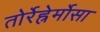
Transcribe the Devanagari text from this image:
तोर्रेह्रेर्मोसा